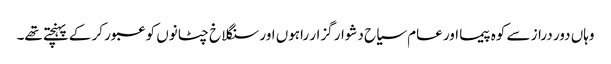
وہاں دور دراز سے کوہ پیما اور عام سیاح دشوار گزار راہوں اور سنگلاخ چٹانوں کو عبور کر کے پہنچتے تھے۔